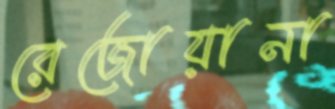
রেজোয়ানা